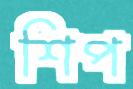
শিপ